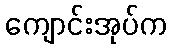
ကျောင်းအုပ်က